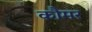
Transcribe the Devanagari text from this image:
कौमर